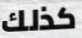
كذلك